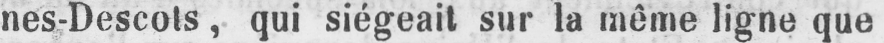
nes-Descots, qui siégeait sur la même ligne que